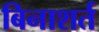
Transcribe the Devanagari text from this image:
बिनाशर्त